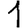
Digit: 1